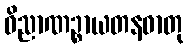
ဝိညာဏဉ္စာယတနဓာတု